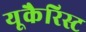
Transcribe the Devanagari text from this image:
यूकैरिस्ट